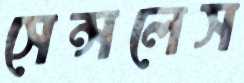
সেন্সলেস